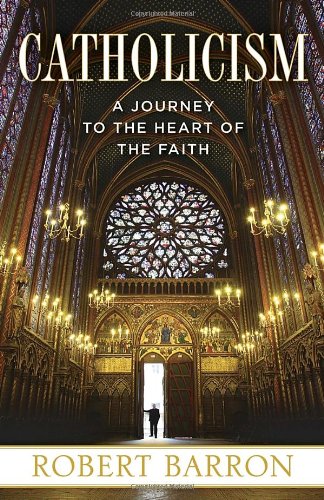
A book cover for Catholicism: A Journey to the Heart of the Faith; Robert Barron; History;